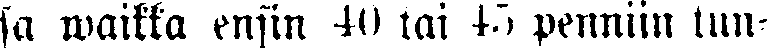
sa waikka ensin 40 tai 45 penniin tun-